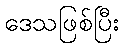
ဒေသဖြစ်ပြီး